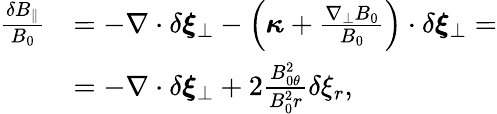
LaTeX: \begin{array}{r}{\begin{array}{rl}{\frac{\delta B_{\parallel}}{B_{0}}}&{=-\nabla\cdot\delta\boldsymbol{\xi}_{\perp}-\left(\boldsymbol{\kappa}+\frac{\nabla_{\perp}B_{0}}{B_{0}}\right)\cdot\delta\boldsymbol{\xi}_{\perp}=}\\ &{=-\nabla\cdot\delta\boldsymbol{\xi}_{\perp}+2\frac{B_{0\theta}^{2}}{B_{0}^{2}r}\delta\xi_{r},}\end{array}}\end{array}